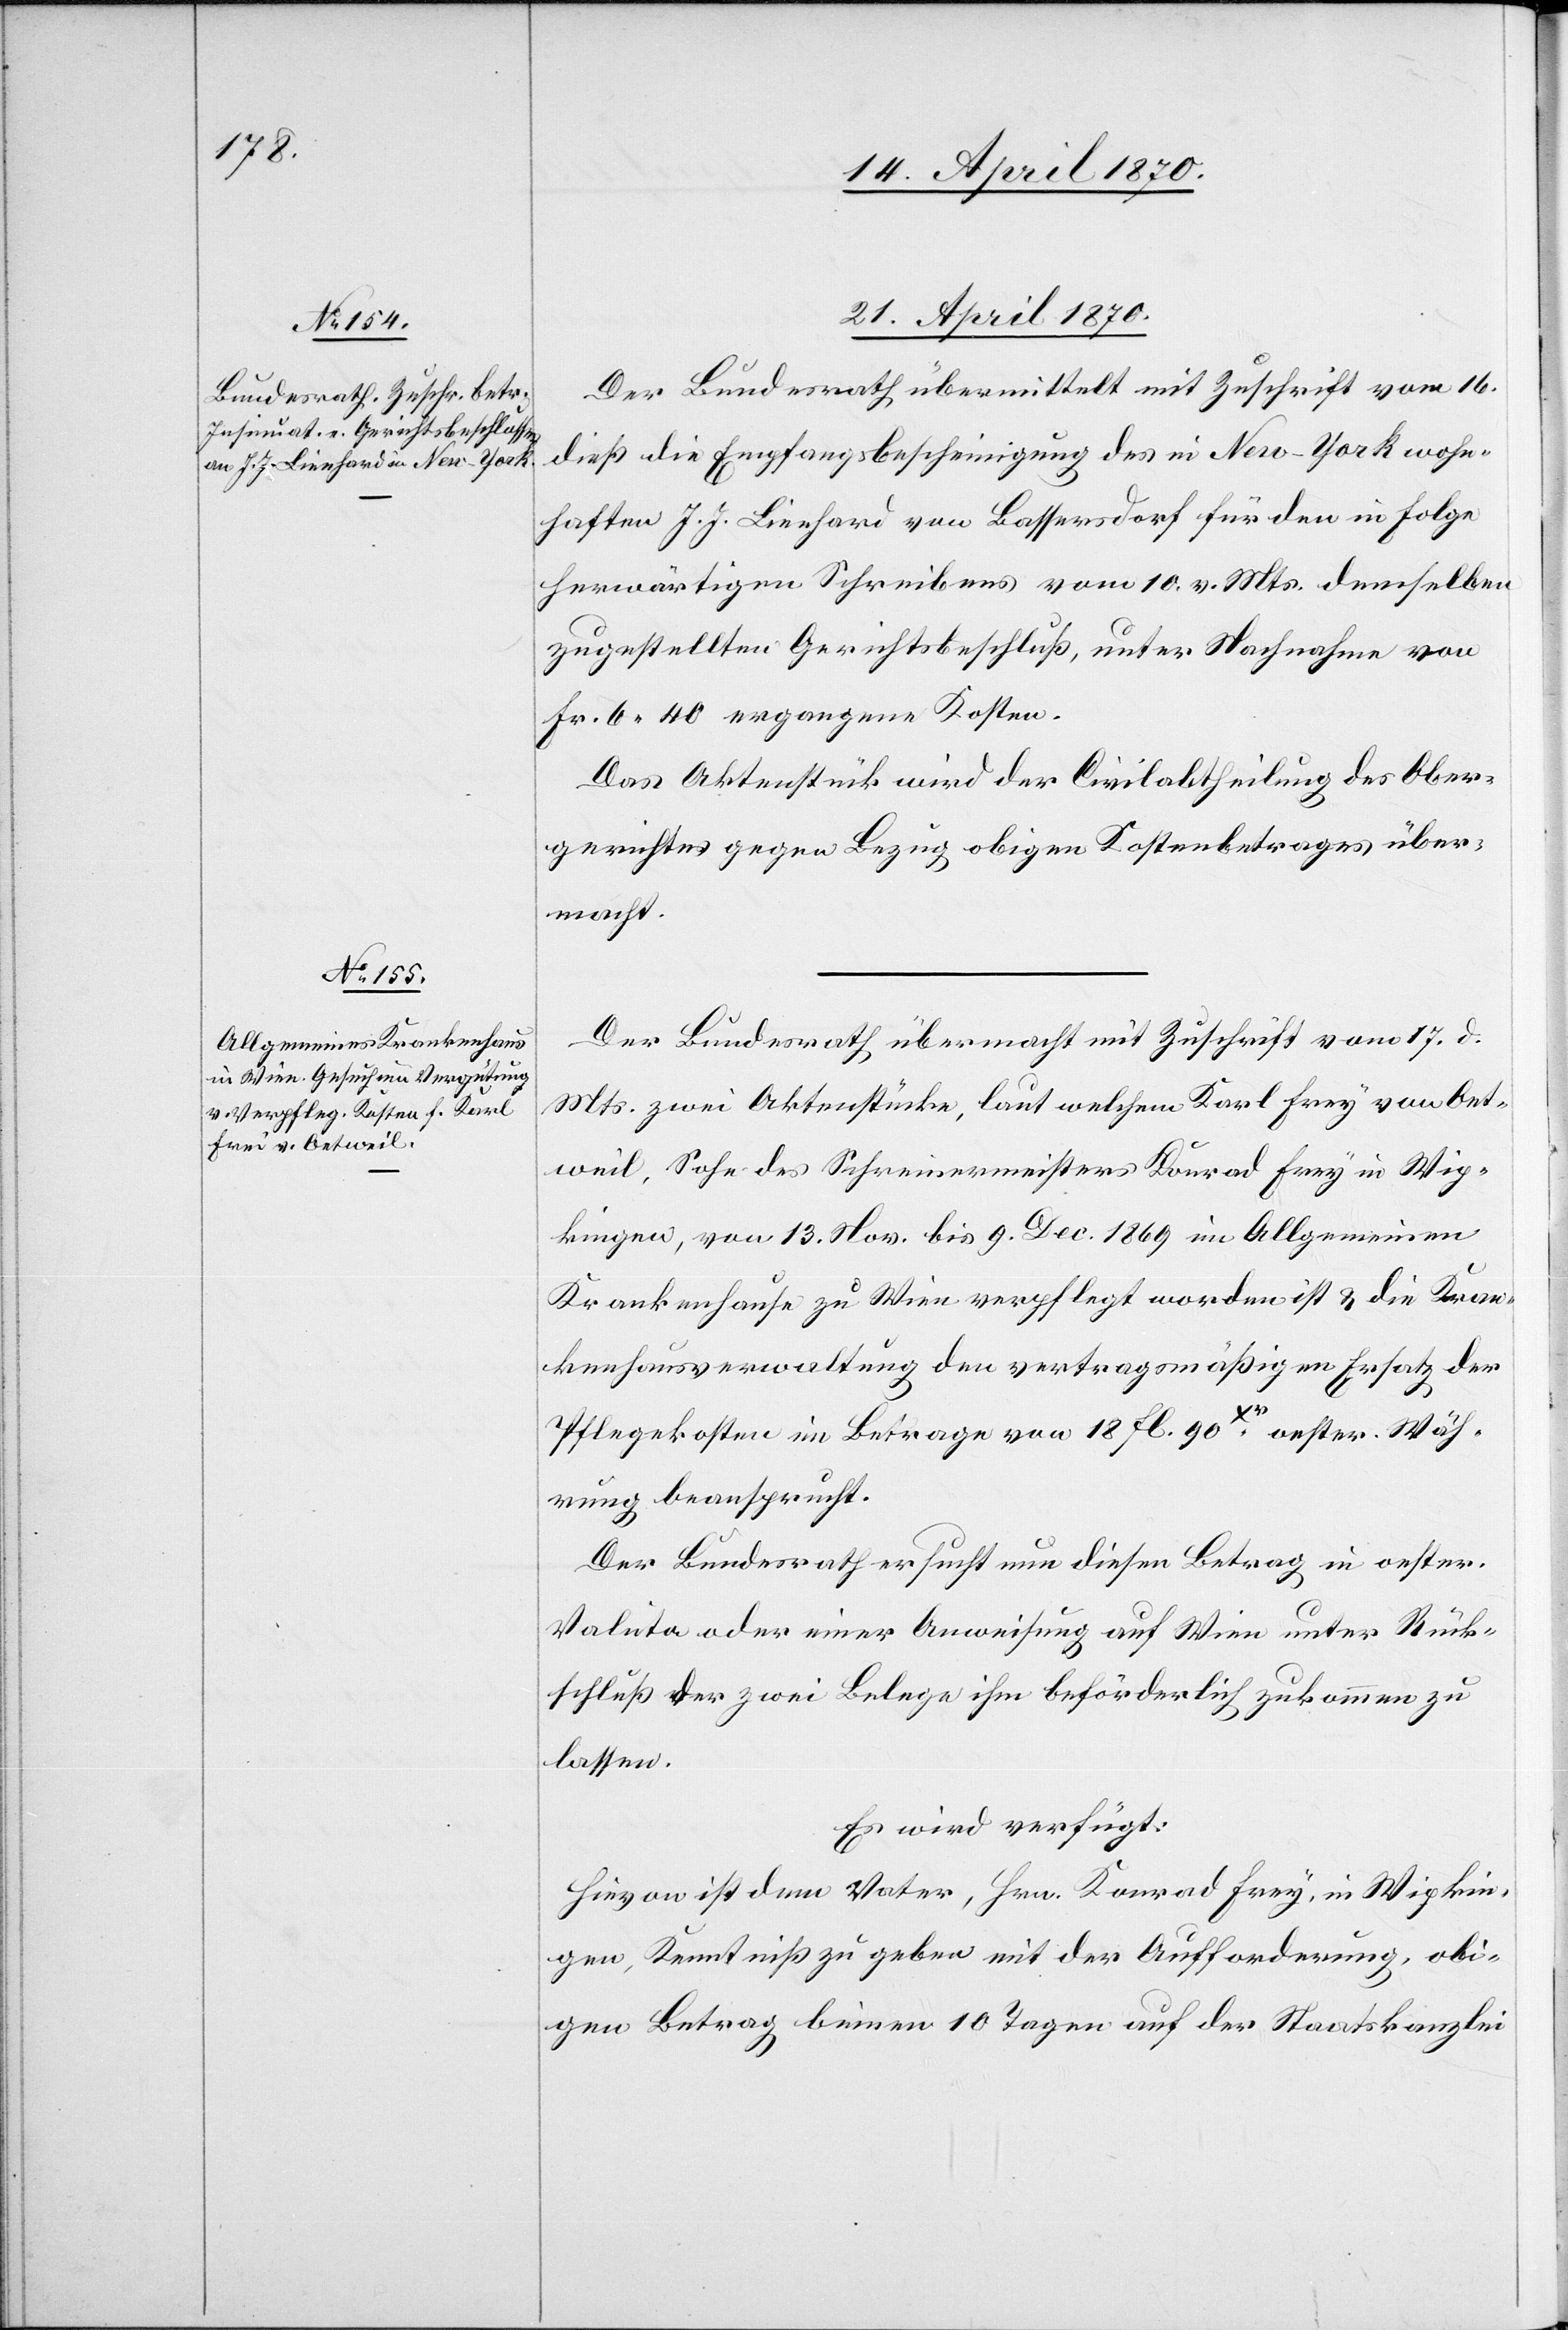
Oet¬

21. April 1870.]
Der Bundesrath übermittelt mit Zuschrift vom 16.
dieß die Empfangsbescheinigung des in New-York wohn¬
haften J. J. Lienhard von Bassersdorf für den in Folge
herwärtigen Schreibens vom 10. v. Mts. demselben
zugestellten Gerichtsbeschluß, unter Nachnahme von
Fr. 6.40 ergangene Kosten.
Das Aktenstück wird der Civilabtheilung des Ober¬
gerichtes gegen Bezug obigen Kostenbetrages über¬
macht.
Der Bundesrath übermacht mit Zuschrift vom 17. d.
Mts. zwei Aktenstücke, laut welchem [sic!] Karl Frey
weil, Sohn des Schreinermeisters Konrad Frey in Wip¬
kingen, vom 13. Nov. bis 9. Dec. 1869 im Allgemeinen
Krankenhause zu Wien verpflegt worden ist & die Kran¬
kenhausverwaltung den vertragsmäßigen Ersatz der
Pflegekosten im Betrage von 18. fl. 90 Xr. oester. Wäh¬
rung beansprucht.
Der Bundesrath ersucht um diesen Betrag in oester.
Valuta oder einer Anweisung auf Wien unter Rück¬
schluß der zwei Belege ihm beförderlich zukommen zu
lassen.
Es wird verfügt:
Hievon ist dem Vater, Hrn. Konrad Frey, in Wipkin¬
gen, Kenntniß zu geben mit der Aufforderung, obi¬
gen Betrag binnen 10 Tagen auf der Staatskanzlei